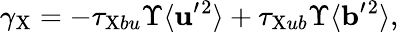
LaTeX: \gamma_{\mathrm{{X}}}=-\tau_{\mathrm{{X}}bu}\Upsilon\langle{{\mathbf{u}}^{\prime}{}^{2}}\rangle+\tau_{\mathrm{{X}}ub}\Upsilon\langle{{\mathbf{b}}^{\prime}{}^{2}}\rangle,